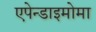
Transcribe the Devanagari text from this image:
एपेन्डाइमोमा